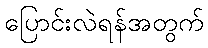
ပြောင်းလဲရန်အတွက်